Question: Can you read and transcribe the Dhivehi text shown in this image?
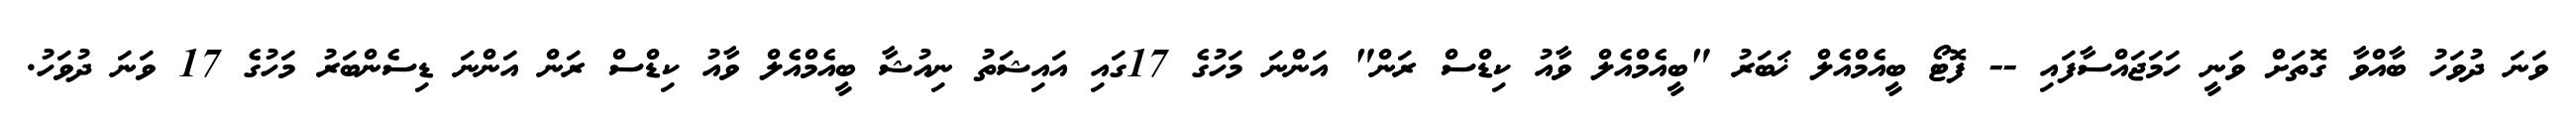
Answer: ވަނަ ދުވަހު ބާއްވާ ގޮތަށް ވަނީ ހަމަޖައްސާފައި -- ފޮޓޯ ބީއެމްއެލް ޚަބަރު "ބީއެމްއެލް ވާއު ކިޑްސް ރަން" އަންނަ މަހުގެ 17ގައި އައިޝަތު ނިއުޝާ ބީއެމްއެލް ވާއު ކިޑްސް ރަން އަންނަ ޑިސެންބަރު މަހުގެ 17 ވަނަ ދުވަހު.